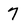
Character: 7